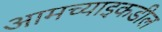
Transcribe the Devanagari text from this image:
आमच्याइकडील